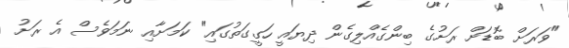
"ވަރަށް ބޮޑަށް ރަށުގެ ބިންގެއްލިގެން ދިޔައީ ހަގީގަތުގައި" ކަމަށާއި ނަމަވެސް އެ ރަށު